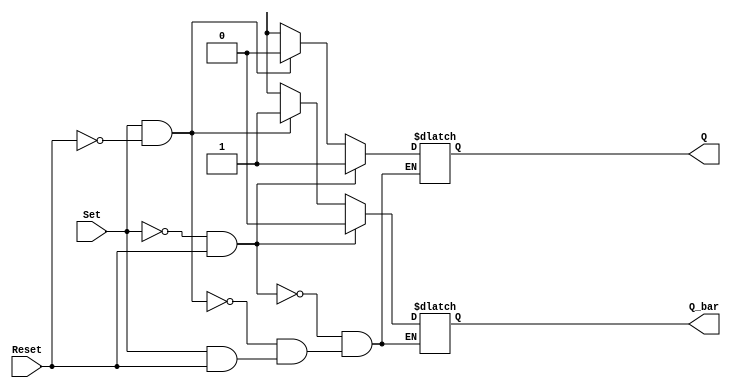
module sr_flip_flop (
    input wire Set,
    input wire Reset,
    output reg Q,
    output reg Q_bar
);

always @ (Set or Reset)
begin
    if (Set == 0 && Reset == 1)
    begin
        Q <= 1;
        Q_bar <= 0;
    end
    else if (Set == 1 && Reset == 0)
    begin
        Q <= 0;
        Q_bar <= 1;
    end
    else if (Set == 1 && Reset == 1)
    begin
        // Retain previous state
    end
    else
    begin
        // Undefined state
        Q <= X;
        Q_bar <= X;
    end
end

endmodule